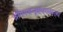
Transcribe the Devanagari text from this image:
श्रीरामचन्द्रशभगवंस्तव